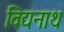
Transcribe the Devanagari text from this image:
विद्यनाथ